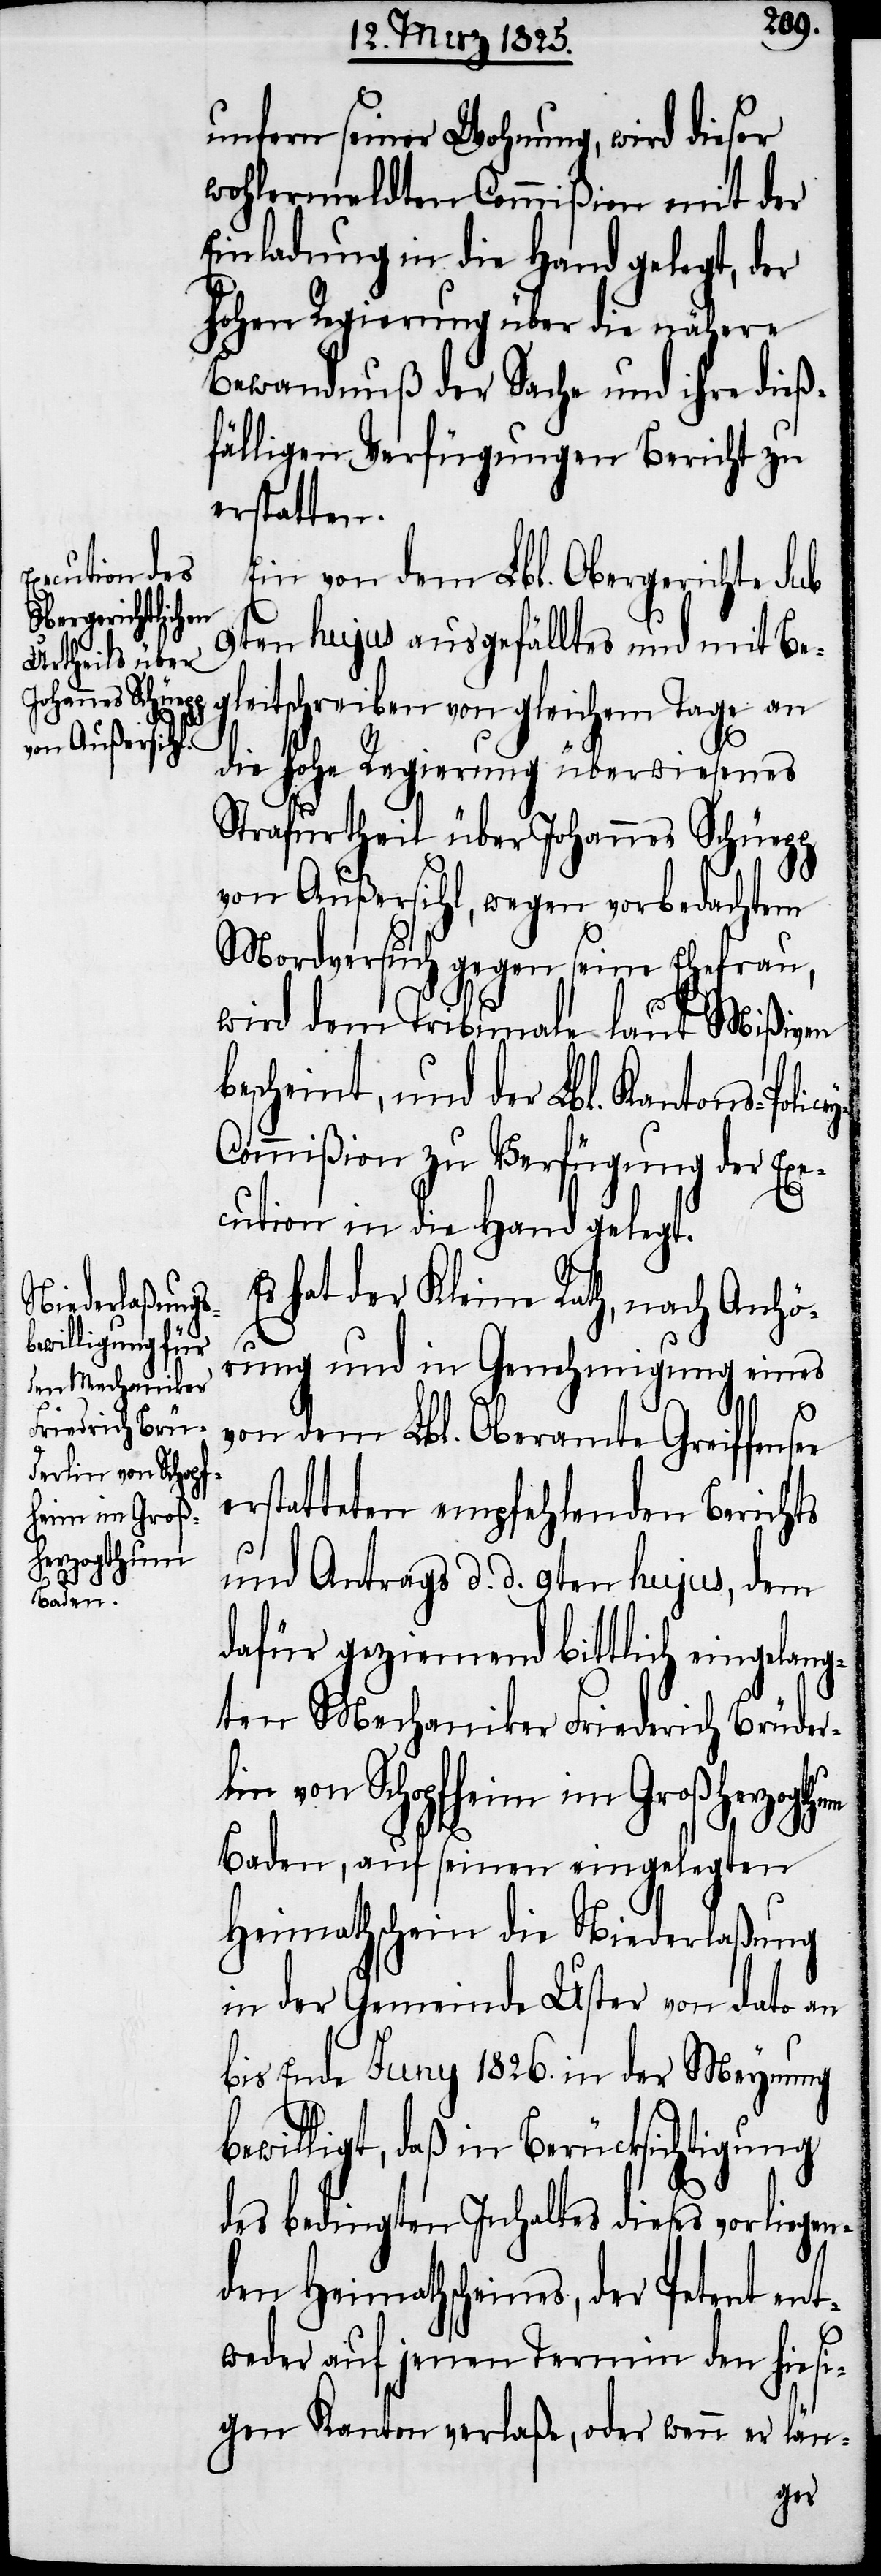
erzogthum
ee

cey-C¬
unfern seiner Wohnung, wird dieser
wohlermeldten Commißion mit der
Einladung in die Hand gelegt, der
hohen Regierung über die nähere
Bewandnuß der Sache und ihre dieß¬
fälligen Verfügungen Bericht zu
erstatten.
Ein von dem Lbl. Obergerichte sub
9ten hujus ausgefälltes und mit Be¬
gleitschreiben von gleichem Tage an
die hohe Regierung überwiesenes
Strafurtheil über Johannes Schüepp
von Außersihl, wegen vorbedachtem
Mordversuch gegen seine Ehefrau,
wird dem Tribunale laut Mißiven
bescheint, und der Lbl. Kantons-Poli¬
ommißion zu Verfügung der Ex¬
ecution in die Hand gelegt.
Es hat der Kleine Rath, nach Anhö¬
rung und in Genehmigung eines
von dem Lbl. Oberamte Greiffens¬
erstatteten empfehlenden Berichts
und Antrags d. d. 9ten hujus, dem
dafür geziemend bittlich eingelang¬
ten Mechaniker Friederich Brüder¬
lin von Schopfheim im Großh¬
Baden, auf seinen eingelegten
Heimathschein die Niederlaßung
in der Gemeinde Uster von dato an
bis Ende Juny 1826. in der Meynung
bewilligt, daß in Berücksichtigung
des bedingten Inhaltes dieses vorliege¬
nden Heimathscheines, der Petent ent¬
weder auf jenen Termin den hiesi¬
gen Kanton verlaße, oder wenn er län-